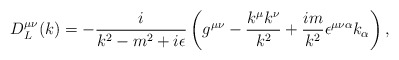
\begin{align*}D^{\mu\nu}_{L}(k)=-\frac{i}{k^{2}-m^{2}+i\epsilon}\left(g^{\mu\nu}-\frac{k^{\mu}k^{\nu}}{k^{2}}+\frac{im}{k^2}\epsilon^{\mu\nu\alpha}k_{\alpha}\right),\end{align*}